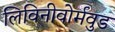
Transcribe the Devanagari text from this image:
लिविनीवोर्मवुड